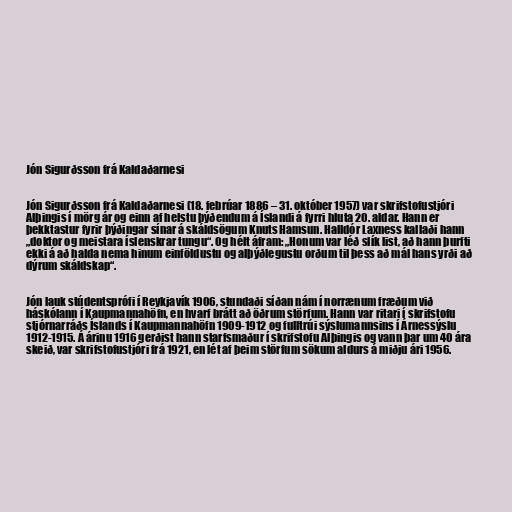
Jón Sigurðsson frá Kaldaðarnesi

Jón Sigurðsson frá Kaldaðarnesi (18. febrúar 1886 – 31. október 1957) var skrifstofustjóri
Alþingis í mörg ár og einn af helstu þýðendum á Íslandi á fyrri hluta 20. aldar. Hann er
þekktastur fyrir þýðingar sínar á skáldsögum Knuts Hamsun. Halldór Laxness kallaði hann
„doktor og meistara íslenskrar tungu“. Og hélt áfram: „Honum var léð slík list, að hann þurfti
ekki á að halda nema hinum einföldustu og alþýðlegustu orðum til þess að mál hans yrði að
dýrum skáldskap“.

Jón lauk stúdentsprófi í Reykjavík 1906, stundaði síðan nám í norrænum fræðum við
háskólann í Kaupmannahöfn, en hvarf brátt að öðrum störfum. Hann var ritari í skrifstofu
stjórnarráðs Íslands í Kaupmannahöfn 1909-1912 og fulltrúi sýslumannsins í Árnessýslu
1912-1915. Á árinu 1916 gerðist hann starfsmaður í skrifstofu Alþingis og vann þar um 40 ára
skeið, var skrifstofustjóri frá 1921, en lét af þeim störfum sökum aldurs á miðju ári 1956.